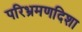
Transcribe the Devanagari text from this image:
परिभ्रमणदिशा